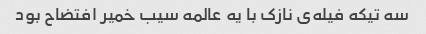
سه تیکه فیله‌ی نازک با یه عالمه سیب خمیر افتضاح بود